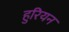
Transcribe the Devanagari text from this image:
हुरियन